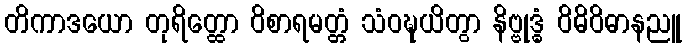
တိကာဒယော တုရိတ္ထော ဝိစာရမတ္တံ သံဝဍ္ဎယိတွာ နိဗ္ဗုဒ္ဓံ ဝိဓိဝိဓာနညူ